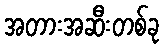
အတားအဆီးတစ်ခု